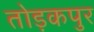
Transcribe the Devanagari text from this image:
तोड़कपुर